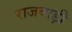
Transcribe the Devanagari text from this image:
राजवाड़ी